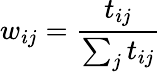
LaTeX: w_{ij}=\frac{t_{ij}}{\sum_{j}t_{ij}}